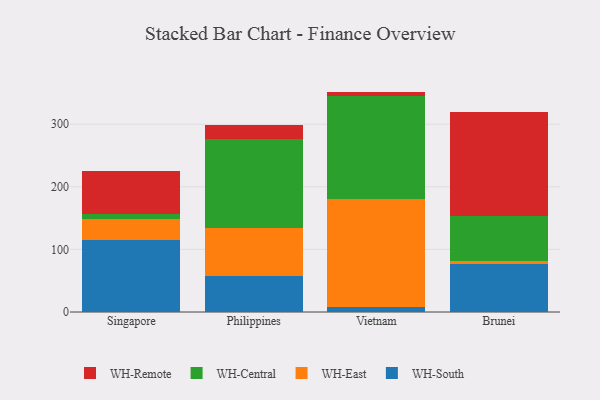
{"axis": {"x": "Country", "y": "Operating Costs (USD K)"}, "legend": ["WH-Central", "WH-East", "WH-Remote", "WH-South"], "data": [{"x": "Singapore", "y": 114.4, "type": "WH-South"}, {"x": "Singapore", "y": 34.1, "type": "WH-East"}, {"x": "Singapore", "y": 8.5, "type": "WH-Central"}, {"x": "Singapore", "y": 68.1, "type": "WH-Remote"}, {"x": "Philippines", "y": 57.0, "type": "WH-South"}, {"x": "Philippines", "y": 78.0, "type": "WH-East"}, {"x": "Philippines", "y": 141.4, "type": "WH-Central"}, {"x": "Philippines", "y": 22.6, "type": "WH-Remote"}, {"x": "Vietnam", "y": 7.4, "type": "WH-South"}, {"x": "Vietnam", "y": 172.8, "type": "WH-East"}, {"x": "Vietnam", "y": 164.7, "type": "WH-Central"}, {"x": "Vietnam", "y": 7.3, "type": "WH-Remote"}, {"x": "Brunei", "y": 76.3, "type": "WH-South"}, {"x": "Brunei", "y": 5.0, "type": "WH-East"}, {"x": "Brunei", "y": 71.4, "type": "WH-Central"}, {"x": "Brunei", "y": 167.0, "type": "WH-Remote"}]}